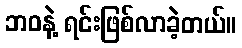
ဘဝနဲ့ ရင်းဖြစ်လာခဲ့တယ်။